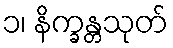
၁၊ နိက္ခန္တသုတ်